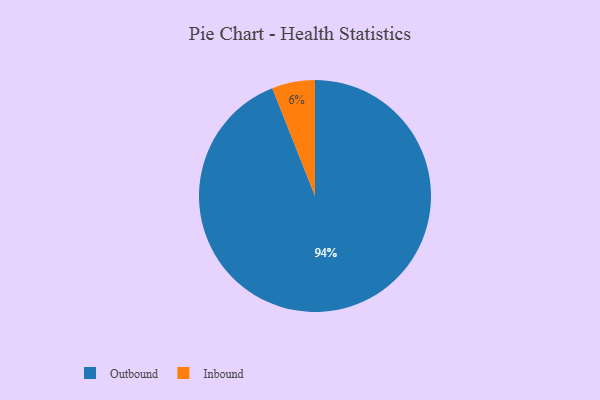
{"axis": {"x": "Category", "y": "Percentage"}, "legend": ["Inbound", "Outbound"], "data": [{"x": "Outbound", "y": 94, "type": "Outbound"}, {"x": "Inbound", "y": 6, "type": "Inbound"}]}